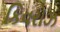
કિવરોઝ